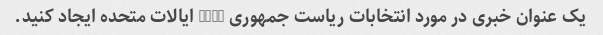
یک عنوان خبری در مورد انتخابات ریاست جمهوری 2020 ایالات متحده ایجاد کنید.